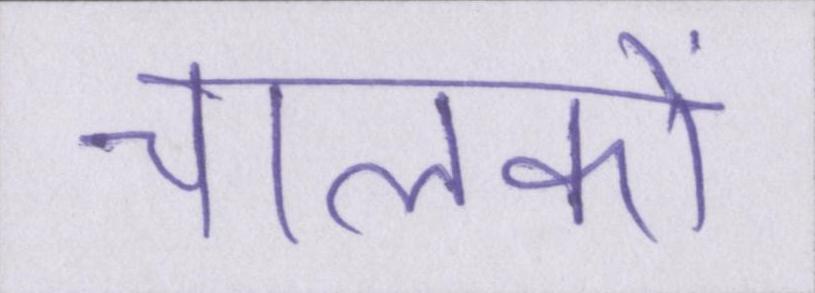
चालकों